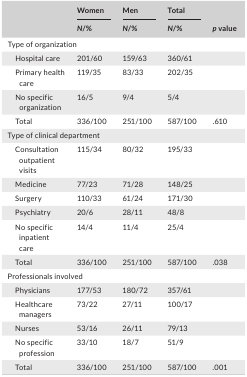
| <ROWSPAN=2>  | Women | Men | Total | <ROWSPAN=2> p value |
 | N/% | N/% | N/% |
 | --- | --- | --- | --- | --- |
 | <COLSPAN=5> Type of organization |
 | Hospital care | 201/60 | 159/63 | 360/61 |  |
 | Primary health care | 119/35 | 83/33 | 202/35 |  |
 | No specific organization | 16/5 | 9/4 | 5/4 |  |
 | Total | 336/100 | 251/100 | 587/100 | .610 |
 | <COLSPAN=5> Type of clinical department |
 | Consultation outpatient visits | 115/34 | 80/32 | 195/33 |  |
 | Medicine | 77/23 | 71/28 | 148/25 |  |
 | Surgery | 110/33 | 61/24 | 171/30 |  |
 | Psychiatry | 20/6 | 28/11 | 48/8 |  |
 | No specific inpatient care | 14/4 | 11/4 | 25/4 |  |
 | Total | 336/100 | 251/100 | 587/100 | .038 |
 | <COLSPAN=5> Professionals involved |
 | Physicians | 177/53 | 180/72 | 357/61 |  |
 | Healthcare managers | 73/22 | 27/11 | 100/17 |  |
 | Nurses | 53/16 | 26/11 | 79/13 |  |
 | No specific profession | 33/10 | 18/7 | 51/9 |  |
 | Total | 336/100 | 251/100 | 587/100 | .001 |